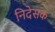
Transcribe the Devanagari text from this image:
निदेसक